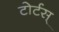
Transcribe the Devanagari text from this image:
टोर्टस्